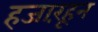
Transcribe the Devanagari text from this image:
हजारंहून